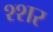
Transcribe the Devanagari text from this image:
श्शर